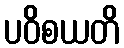
ပဝိစယတိ